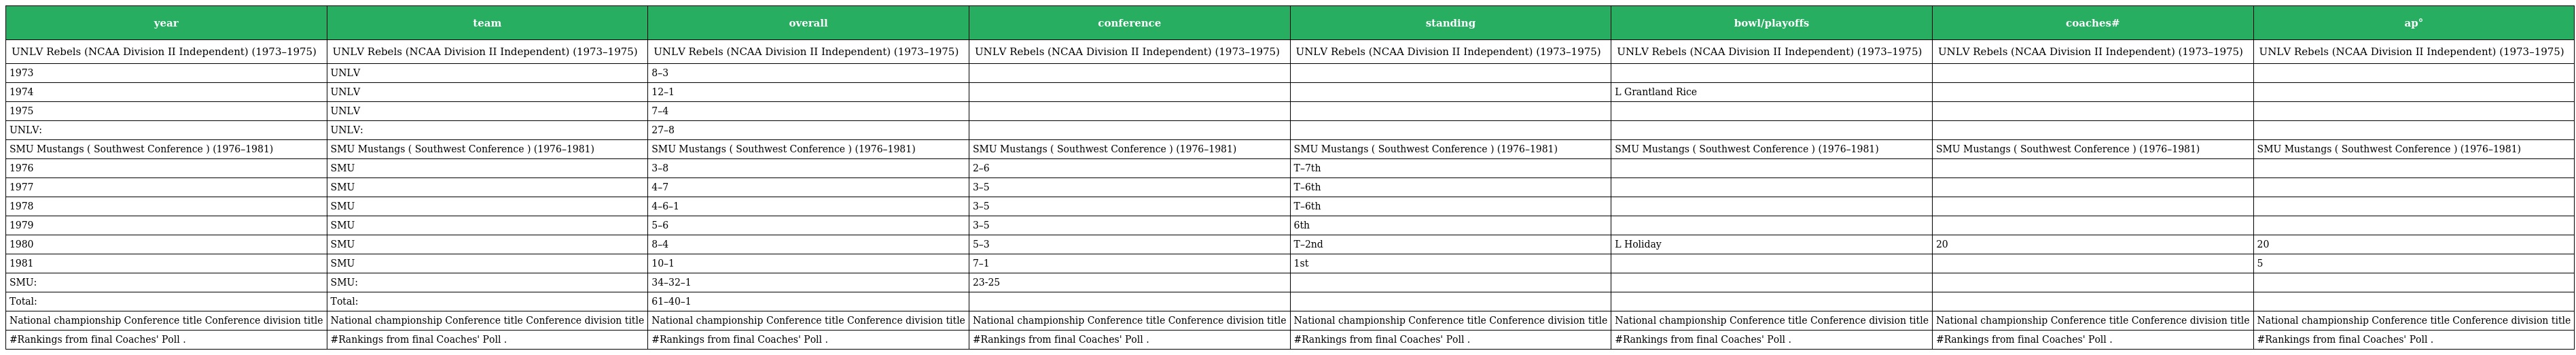
| year | team | overall | conference | standing | bowl/playoffs | coaches# | ap° |
 | --- | --- | --- | --- | --- | --- | --- | --- |
 | UNLV Rebels (NCAA Division II Independent) (1973–1975) | UNLV Rebels (NCAA Division II Independent) (1973–1975) | UNLV Rebels (NCAA Division II Independent) (1973–1975) | UNLV Rebels (NCAA Division II Independent) (1973–1975) | UNLV Rebels (NCAA Division II Independent) (1973–1975) | UNLV Rebels (NCAA Division II Independent) (1973–1975) | UNLV Rebels (NCAA Division II Independent) (1973–1975) | UNLV Rebels (NCAA Division II Independent) (1973–1975) |
 | 1973 | UNLV | 8–3 |  |  |  |  |  |
 | 1974 | UNLV | 12–1 |  |  | L Grantland Rice |  |  |
 | 1975 | UNLV | 7–4 |  |  |  |  |  |
 | UNLV: | UNLV: | 27–8 |  |  |  |  |  |
 | SMU Mustangs ( Southwest Conference ) (1976–1981) | SMU Mustangs ( Southwest Conference ) (1976–1981) | SMU Mustangs ( Southwest Conference ) (1976–1981) | SMU Mustangs ( Southwest Conference ) (1976–1981) | SMU Mustangs ( Southwest Conference ) (1976–1981) | SMU Mustangs ( Southwest Conference ) (1976–1981) | SMU Mustangs ( Southwest Conference ) (1976–1981) | SMU Mustangs ( Southwest Conference ) (1976–1981) |
 | 1976 | SMU | 3–8 | 2–6 | T–7th |  |  |  |
 | 1977 | SMU | 4–7 | 3–5 | T–6th |  |  |  |
 | 1978 | SMU | 4–6–1 | 3–5 | T–6th |  |  |  |
 | 1979 | SMU | 5–6 | 3–5 | 6th |  |  |  |
 | 1980 | SMU | 8–4 | 5–3 | T–2nd | L Holiday | 20 | 20 |
 | 1981 | SMU | 10–1 | 7–1 | 1st |  |  | 5 |
 | SMU: | SMU: | 34–32–1 | 23-25 |  |  |  |  |
 | Total: | Total: | 61–40–1 |  |  |  |  |  |
 | National championship Conference title Conference division title | National championship Conference title Conference division title | National championship Conference title Conference division title | National championship Conference title Conference division title | National championship Conference title Conference division title | National championship Conference title Conference division title | National championship Conference title Conference division title | National championship Conference title Conference division title |
 | #Rankings from final Coaches' Poll . | #Rankings from final Coaches' Poll . | #Rankings from final Coaches' Poll . | #Rankings from final Coaches' Poll . | #Rankings from final Coaches' Poll . | #Rankings from final Coaches' Poll . | #Rankings from final Coaches' Poll . | #Rankings from final Coaches' Poll . |